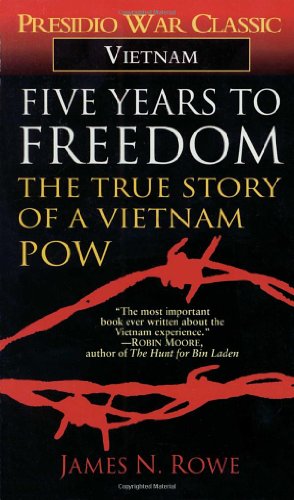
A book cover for Five Years to Freedom: The True Story of a Vietnam POW; James N. Rowe; History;